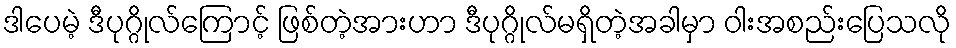
ဒါပေမဲ့ ဒီပုဂ္ဂိုလ်ကြောင့် ဖြစ်တဲ့အားဟာ ဒီပုဂ္ဂိုလ်မရှိတဲ့အခါမှာ ဝါးအစည်းပြေသလို